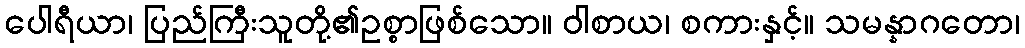
ပေါရီယာ၊ ပြည်ကြီးသူတို့၏ဥစ္စာဖြစ်သော။ ဝါစာယ၊ စကားနှင့်။ သမန္နာဂတော၊